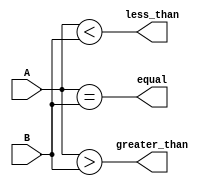
module comparator (
    input [3:0] A,
    input [3:0] B,
    output equal,
    output greater_than,
    output less_than
);

assign equal = (A == B);
assign greater_than = (A > B);
assign less_than = (A < B);

endmodule